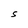
Character: S